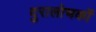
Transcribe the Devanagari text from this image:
दुरालोचकों